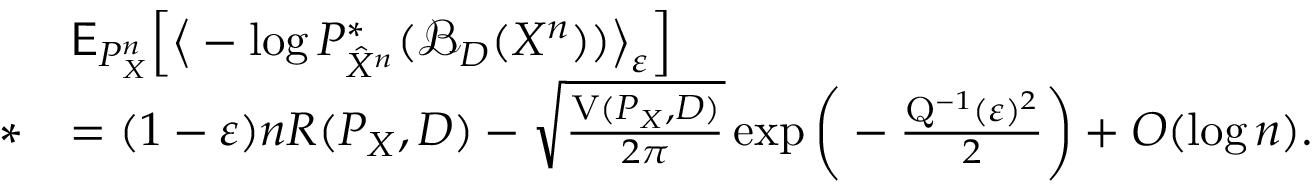
\begin{array} { r l } & { \mathsf { E } _ { P _ { X } ^ { n } } \Big [ \big \langle - \log P _ { \hat { X } ^ { n } } ^ { * } ( \mathcal { B } _ { D } ( X ^ { n } ) ) \big \rangle _ { \varepsilon } \Big ] } \\ { * } & { = ( 1 - \varepsilon ) n R ( P _ { X } , D ) - \sqrt { \frac { \mathrm { V } ( P _ { X } , D ) } { 2 \pi } } \exp \bigg ( - \frac { \mathrm { Q } ^ { - 1 } ( \varepsilon ) ^ { 2 } } { 2 } \bigg ) + O ( \log n ) . } \end{array}